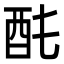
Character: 䣨